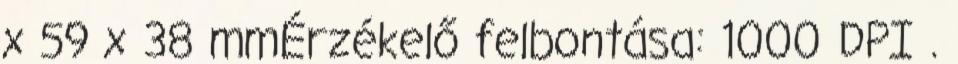
x 59 x 38 mmÉrzékelő felbontása: 1000 DPI .